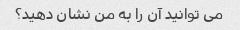
می توانید آن را به من نشان دهید؟